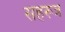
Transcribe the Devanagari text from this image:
सहरूत्र